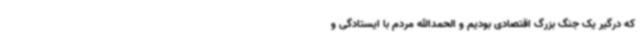
که درگیر یک جنگ بزرگ اقتصادی بودیم و الحمدالله مردم با ایستادگی و